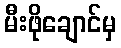
မီးဖိုချောင်မှ